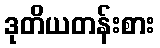
ဒုတိယတန်းစား